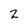
Character: 2